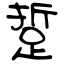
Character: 踅